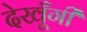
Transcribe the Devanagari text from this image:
देखूँगी